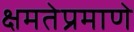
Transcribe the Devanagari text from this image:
क्षमतेप्रमाणे